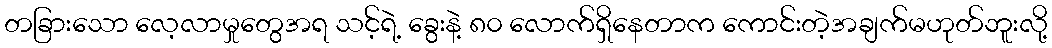
တခြားသော လေ့လာမှုတွေအရ သင့်ရဲ့ ခွေးနဲ့ ၈၀ လောက်ရှိနေတာက ကောင်းတဲ့အချက်မဟုတ်ဘူးလို့